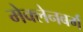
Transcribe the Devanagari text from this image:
मेक्लेनबर्ग